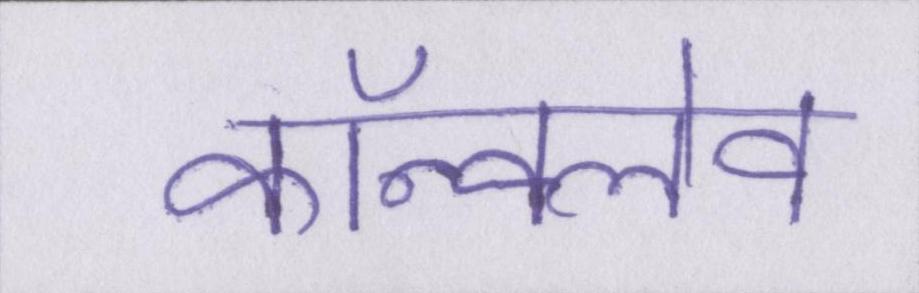
कॉन्क्लेव